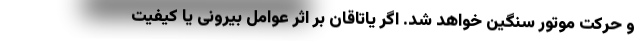
و حرکت موتور سنگین خواهد شد. اگر یاتاقان بر اثر عوامل بیرونی یا کیفیت